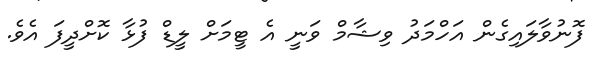
ފޮނުވާލައިގެން އަހްމަދު ވިޝާމް ވަނީ އެ ޓީމަށް ލީޑް ފުޅާ ކޮށްދީފަ އެވެ.